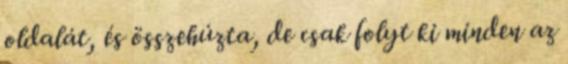
oldalát, és összehúzta, de csak folyt ki minden az